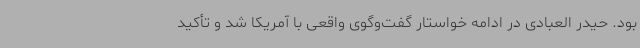
بود. حیدر العبادی در ادامه خواستار گفت‌وگوی واقعی با آمریکا شد و تأکید